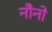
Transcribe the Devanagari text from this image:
नौनो